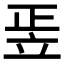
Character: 𥩠